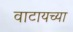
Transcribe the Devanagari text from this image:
वाटायच्या